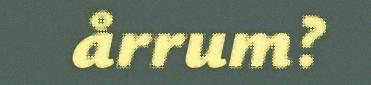
årrum?